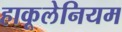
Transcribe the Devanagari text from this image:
हाकूलेनियम